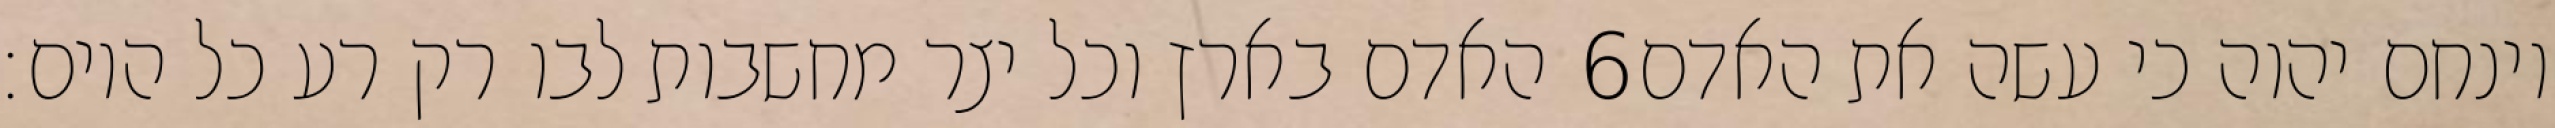
האדם בארץ וכל יצר מחשבות לבו רק רע כל היום׃ ‎6‏ וינחם יהוה כי עשה את האדם